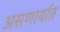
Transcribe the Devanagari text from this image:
असणार्यात